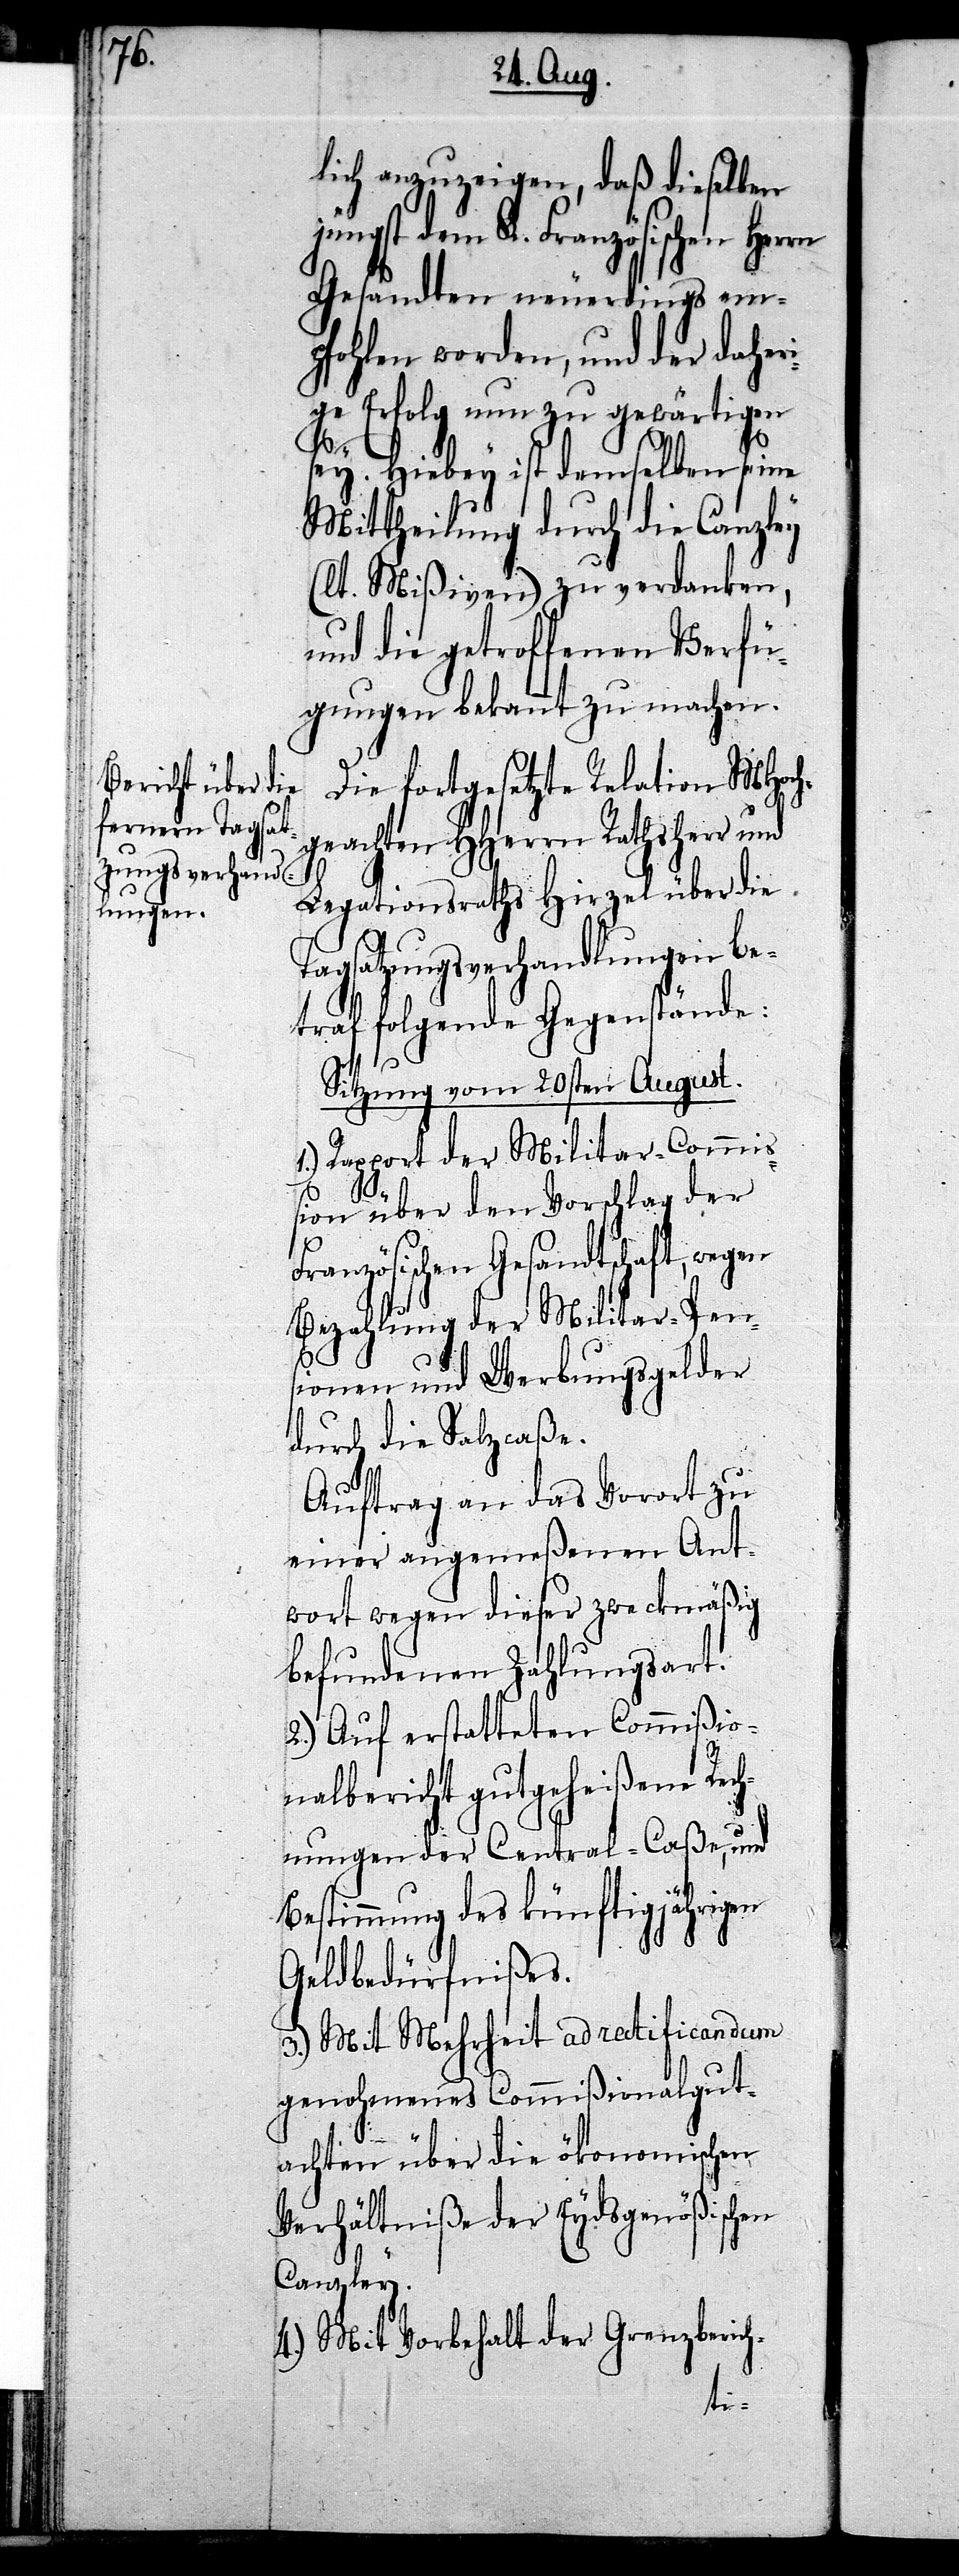
lich anzuzeigen, daß dieselben
jüngst dem K. Französischen Herrn
Gesandten neuerdings em¬
pfohlen worden, und der daheri¬
ge Erfolg nun zu gewärtigen
sey. Hiebey ist demselben seine
Mittheilung durch die Canzley
(lt. Mißiven) zu verdanken,
und die getroffenen Verfü¬
gungen bekannt zu machen.
Die fortgesetzte Relation MHoch¬
geachten HHerrn Rathsherr und
Legationsraths Hirzel über die
Tagsatzungsverhandlungen be¬
traf folgende Gegenstände:
Sitzung vom 20sten August.
1.) Rapport der Militar-Commi¬
ßion über den Vorschlag der
Französischen Gesandtschaft, wegen
Bezahlung der Militar-Pen¬
sionen und Werbungsgelder
durch die Salzcaße.
Auftrag an das Vorort zu
einer angemeßenen Ant¬
wort wegen dieser zweckmäßig
befundenen Zahlungsart.
2.) Auf erstatteten Commißio¬
nalbericht gutgeheißene Rech¬
nungen der Central-Caße, und
Bestimmung des künftig jährigen
Geldbedürfnißes.
3.) Mit Mehrheit ad ratificandum
genohmenes Commißionalgut¬
achten über die ökonomischen
Verhältniße der Eydsgenößischen
Canzley.
4.) Mit Vorbehalt der Grenzberich-